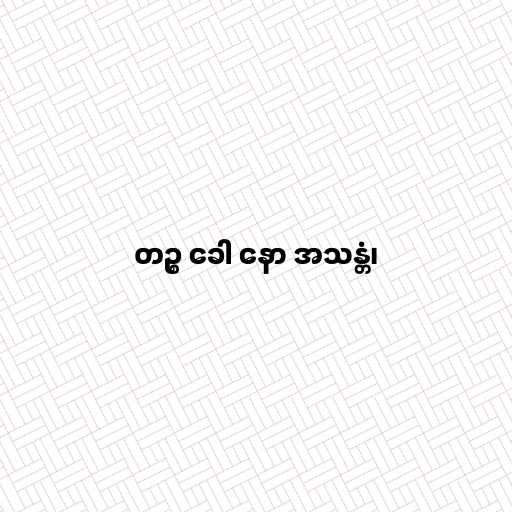
တဉ္စ ခေါ နော အသန္တံ၊